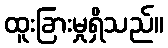
ထူးခြားမှုရှိသည်။